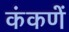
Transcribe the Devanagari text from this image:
कंकणें